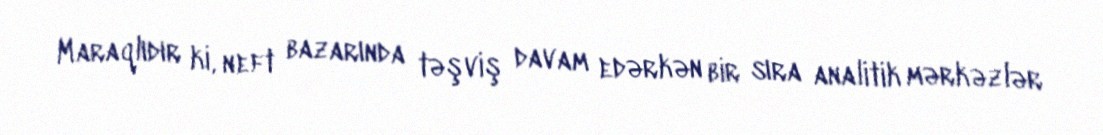
Maraqlıdır ki, neft bazarında təşviş davam edərkən bir sıra analitik mərkəzlər